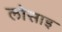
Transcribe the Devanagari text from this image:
लोसाइ